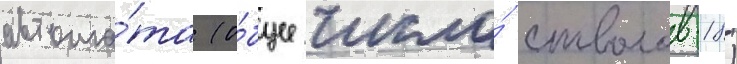
автома́та (о́бщее число́ стволов-18)